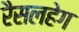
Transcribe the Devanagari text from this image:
रैसलहेग